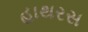
હાથરસ